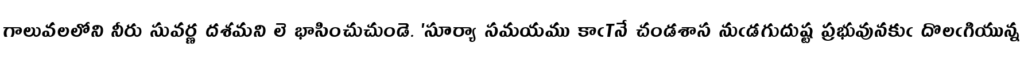
గాలువలలోని నీరు సువర్ణ దశమని లె భాసించుచుండె. 'సూర్యా సమయము కాఁTనే చండశాస నుఁడగుదుష్ట ప్రభువునకుఁ దొలఁగియున్న